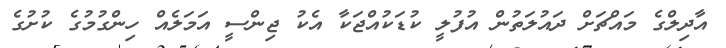
އާދިލްގެ މައްޗަށް ދައުލަތުން އުފުލީ ކުޑަކުއްޖަކާ އެކު ޖިންސީ އަމަލެއް ހިންގުމުގެ ކުށުގެ